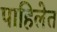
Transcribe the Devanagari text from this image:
पाहिलेत